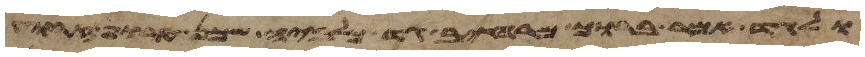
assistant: ולגד אמר ברוך מרחיב גד כלביה שכן טרוף זרוע